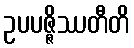
ဥပပဇ္ဇိဿတီတိ